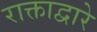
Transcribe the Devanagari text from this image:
राक्ताद्वारे